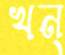
খন্